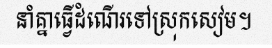
នាំគ្នាធ្វើដំណើរទៅស្រុកសៀម។